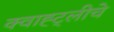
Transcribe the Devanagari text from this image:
क्वाह्ट्लीचे